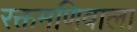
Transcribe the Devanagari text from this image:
रक्तमणिवाला